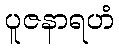
ပူဇနာရဟံ